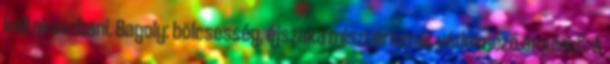
kell akasztani. Bagoly: bölcsesség, éjszaka misztériumai, védelmező amulett. A